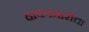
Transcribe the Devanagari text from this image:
हाकामारीचा